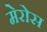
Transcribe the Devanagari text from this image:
मेरोस